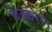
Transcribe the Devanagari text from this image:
केक्करेनि